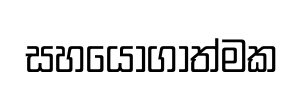
සහයෝගාත්මක